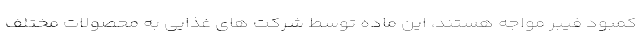
کمبود فیبر مواجه هستند، این ماده توسط شرکت های غذایی به محصولات مختلف